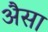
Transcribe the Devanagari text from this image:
अैसा